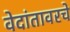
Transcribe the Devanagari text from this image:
वेदांतावरचे